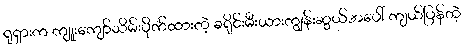
ရုရှားက ကျူးကျော်သိမ်းပိုက်ထားတဲ့ ခရိုင်းမီးယားကျွန်းဆွယ်အပေါ် ကျယ်ပြန်တဲ့